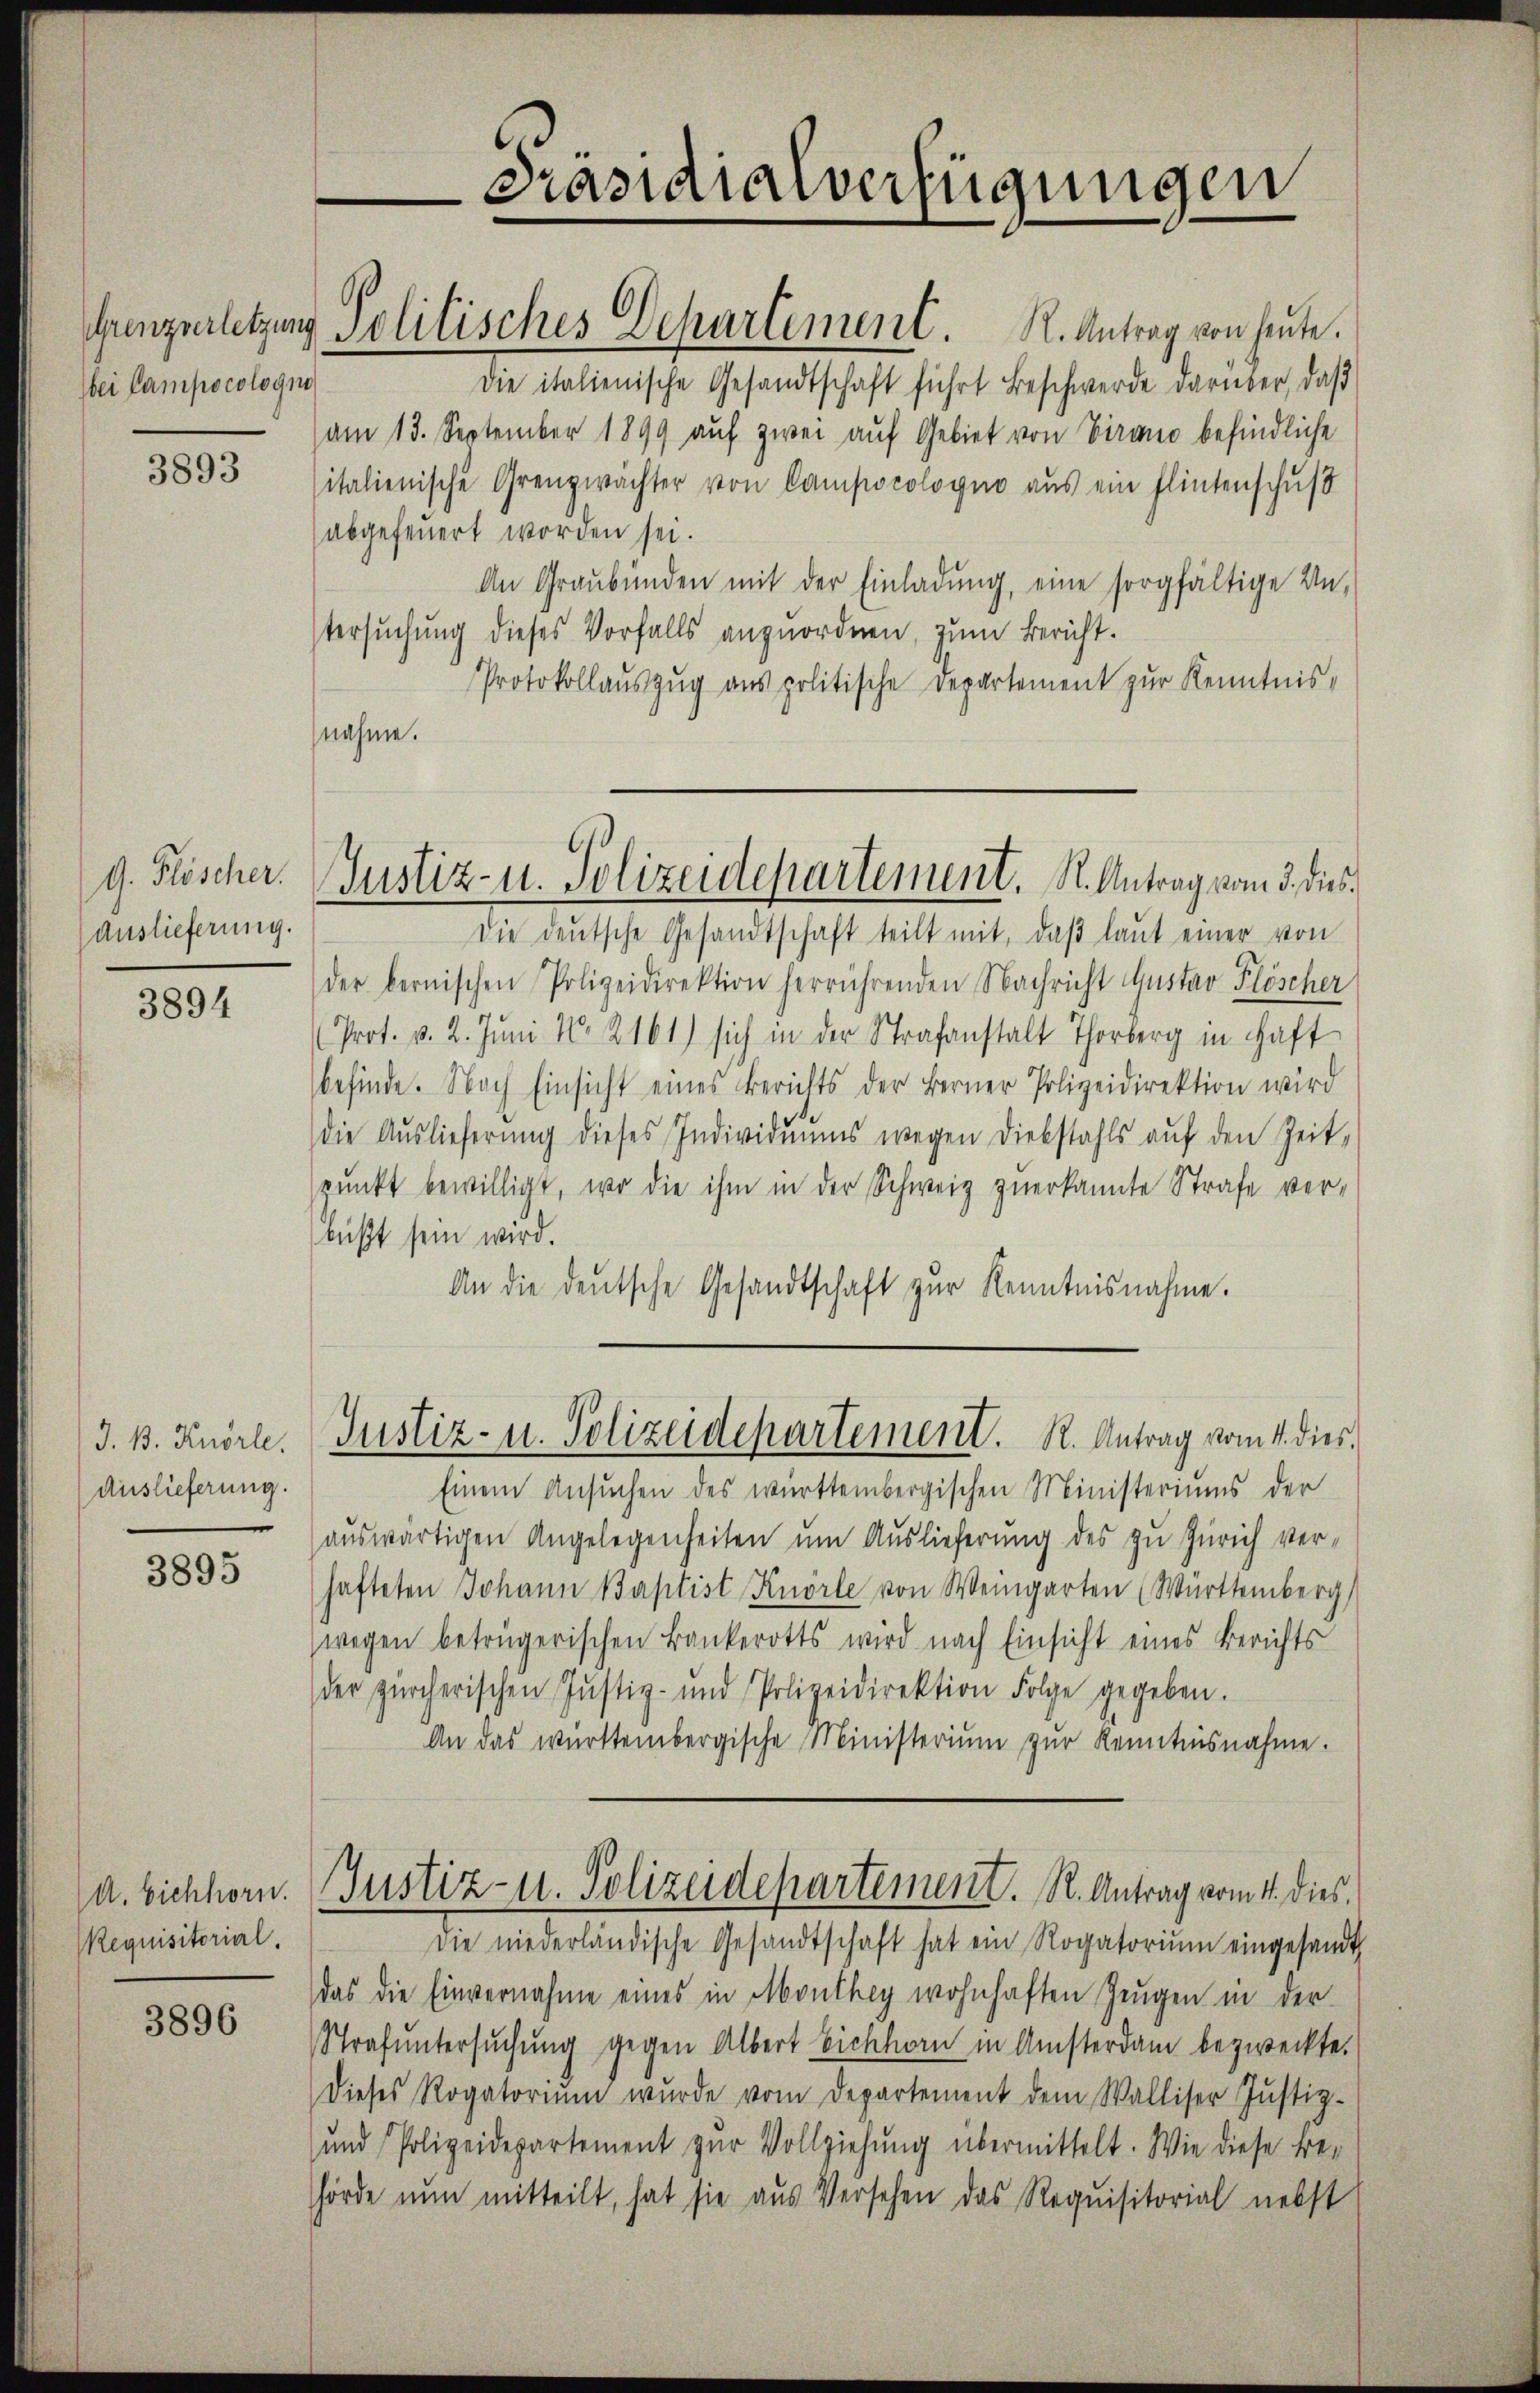
Grenzverletzung
bei Campocologis

3893

Auslieferung.

3894

J. B. Kuörle.
Auslieferung.

3895

A. Eichhorn.
Requisitorial.

3896

a

Solitisches Departement. N. Antrag von heŭte.
Die italienische Gesandtschaft führt Beschwerde darüber, daß
am 13. September 1899 auf zwei auf Gebiet von Virano befindliche
italienische Grenzwächter von Compocologno aus ein Flintenschuß
abgefeuert worden sei.
An Graubünden mit der Einladung, eine sorgfältige Untersuchung dieses Vorfalls anzuordnen, zum Bericht.
Protokollauszug aus politische Departement zur Kenntnis,
nahme.
g. Flöscher. Justiz- u. Polizeidepartement. S. Antrag vom 3. dies
Die deŭtsche Gesandtschaft teilt mit, daβ laŭt einer von
der bernischen Polizeidirektion herrührenden Nachricht Gustav Flöscher
Prot. v. 2. Juni 18. 2161) sich in der Strafanstalt Thorberg in Haft
befinde. Nach Einsicht eines Berichts der Berner Polizeidirektion wird
die Auslieferung dieses Individuums wegen Diebstahls auf den Zeit,
punkt bewilligt, wo die ihm in der Schweiz zuerkannte Strafe verläßt sein wird.
An die deutsche Gesandtschaft zur Kenntnisnahme.

Präsidialverfügungen

Justiz- u. Polizeidepartement. R. Antrag vom 4. dies

Einem Ansŭchen des württembergischen Ministeriums der
auswärtigen Angelegenheiten um Auslieferung des zu Zürich verhafteten Johann Baptist Knörle von Weingarten (Württemberg
wegen betrügerischen Bankerotts wird nach Einsicht eines Berichts
der zürcherischen Jŭstiz- und Polizeidirektion Folge gegeben.
An das württembergische Ministeriŭm zŭr Kenntnisnahme.
Justiz- u. Polizeidepartement. R. Antrag vom 4. dies
Die niederländische Gesandtschaft hat ein Rogatorium eingesandt
das die Einvernahme eines in Monthey wohnhaften Zeugen in der
Strafuntersŭchŭng gegen Albert Bickhorn in Amsterdam bezweckte.
dieses Rogatoriŭm wurde vom Departement dem Walliser Justiz-
und Polizeidepartement zŭr Vollziehung übermittelt. Wie diese Behörde nun mitteilt, hat sie aus Versehen das Requisitorial nebst